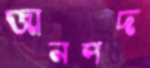
জানপদ